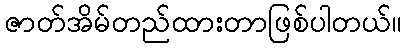
ဇာတ်အိမ်တည်ထားတာဖြစ်ပါတယ်။